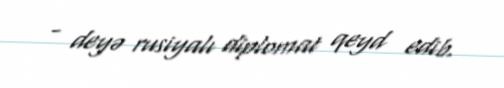
- deyə rusiyalı diplomat qeyd edib.